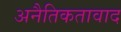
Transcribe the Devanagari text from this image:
अनैतिकतावाद